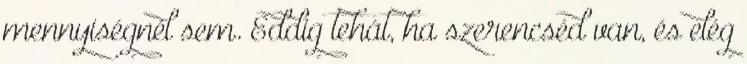
mennyiségnél sem. Eddig tehát, ha szerencséd van, és elég